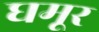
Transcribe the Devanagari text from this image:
घमूर